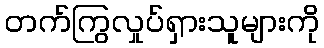
တက်ကြွလှုပ်ရှားသူများကို